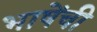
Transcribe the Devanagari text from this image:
भाषेंची